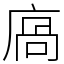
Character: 㢐